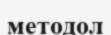
методол